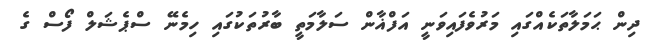
ދިން ޙަމަލާތަކެއްގައި މަރުވެފައިވަނީ އަފްޣާން ސަލާމަތީ ބާރުތަކުގައި ހިމެނޭ ސްޕެޝަލް ފޯސް ގެ